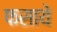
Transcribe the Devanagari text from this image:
फसाये